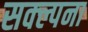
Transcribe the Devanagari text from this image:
सक्ल्पना